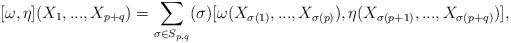
LaTeX: \begin{align*}[\omega,\eta](X_1,...,X_{p+q}) = \sum_{\sigma\in S_{p,q}} (\sigma) [\omega(X_{\sigma(1)},...,X_{\sigma(p)}),\eta(X_{\sigma(p+1)},...,X_{\sigma(p+q)})],\end{align*}